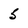
Character: 5